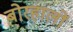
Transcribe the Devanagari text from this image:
बोरहालों